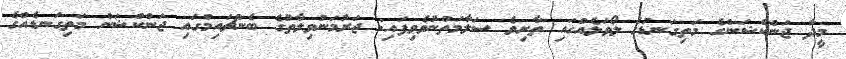
މީދާ ޖަންކްޝަންގެ މަތިގަނޑުގެ ލޯވަޅެއްގައި ތާށިވެ ސަލާމަތްނުވެވިފައި: ޖަރުމަނުވިލާތުގެ ބެންޗައިމްގައި ޖަންކްޝަން މަތިގަނޑެއްގެ